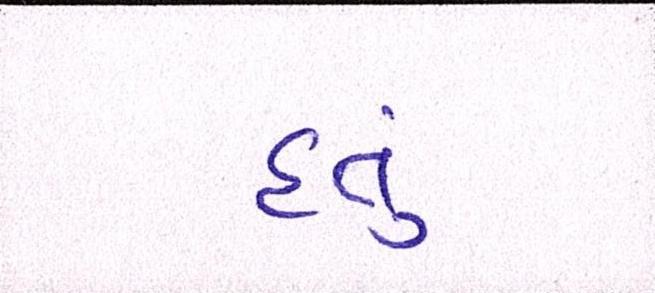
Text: હતું